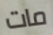
مات